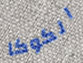
الكوكا